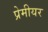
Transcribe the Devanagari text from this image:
प्रेमीयर